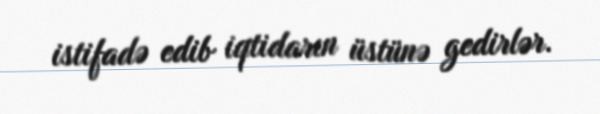
istifadə edib iqtidarın üstünə gedirlər.